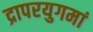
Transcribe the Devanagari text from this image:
द्रापरयुगमां